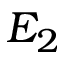
E _ { 2 }